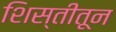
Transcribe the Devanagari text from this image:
शिस्तीतून